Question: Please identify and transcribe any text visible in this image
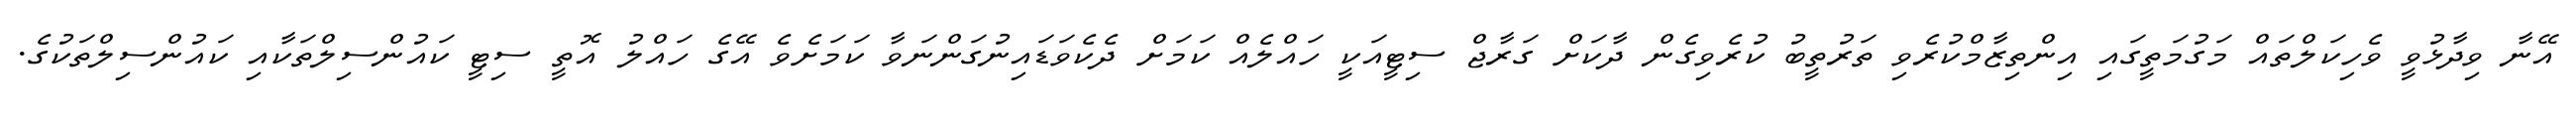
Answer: އޭނާ ވިދާޅުވީ ވެހިކަލްތައް މަގުމަތީގައި އިންތިޒާމްކުރެވި ތަރުތީބު ކުރެވިގެން ދާކަށް ގަރާޖް ސިޓީއަކީ ހައްލެއް ކަމަށް ދެކެވަޑައިނުގަންނަވާ ކަމަށެވެ އޭގެ ހައްލު އޮތީ ސިޓީ ކައުންސިލްތަކާއި ކައުންސިލްތަކުގެ.